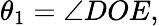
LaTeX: \theta_{1}=\angle DOE,